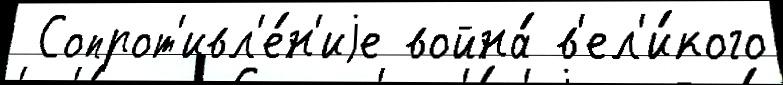
 Сопрот'ивл'е́н'иjе война́ в'ел'и́кого